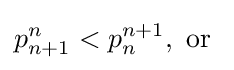
p_{n+1}^{n}<p_{n}^{n+1},{\text{ or }}